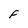
Character: F